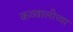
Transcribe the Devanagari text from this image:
कव्वालीच्या